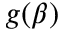
g ( \beta )